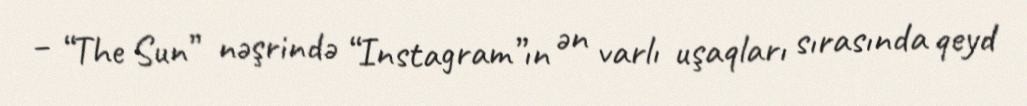
– “The Sun” nəşrində “Instagram”ın ən varlı uşaqları sırasında qeyd